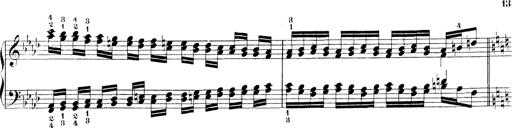
Title: Technische Studien
Composer: Franz Liszt